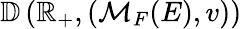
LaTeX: \mathbb{D}\left(\mathbb{R}_{+},(\mathcal{M}_{F}(E),v)\right)